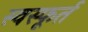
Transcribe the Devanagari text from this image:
स्वस्फूर्त